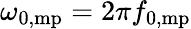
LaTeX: \omega_{\mathrm{0,mp}}=2\pi f_{\mathrm{0,mp}}